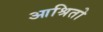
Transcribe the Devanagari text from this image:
आश्रितो